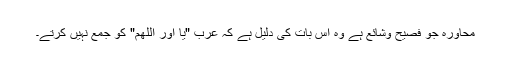
محاورہ جو فصیح وشائع ہے وہ اس بات کی دلیل ہے کہ عرب "یا اور اللھم" کو جمع نہیں کرتے۔